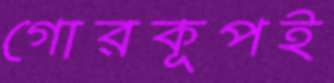
গোরকূপই